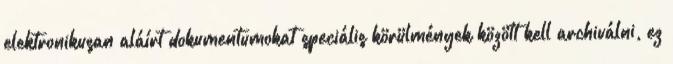
elektronikusan aláírt dokumentumokat speciális körülmények között kell archiválni, ez